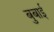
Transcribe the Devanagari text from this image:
बुबाई